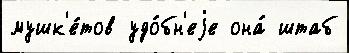
мушк'е́тов удо́бн'еjе она́ штаб